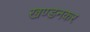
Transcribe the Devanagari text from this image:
खण्डनकर